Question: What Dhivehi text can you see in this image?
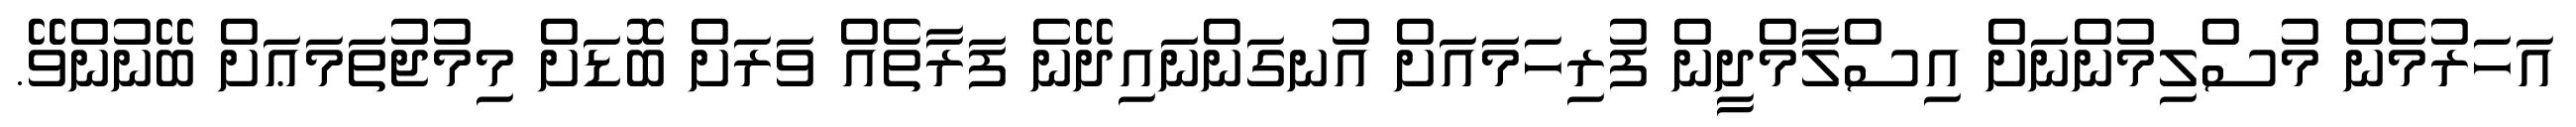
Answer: އަހަރުމެން މުސްލިމުންނަށް އިސްލާމްދީން ފުރިހަމައަށް އުނގަންނައިދޭނެ ފަރާތެއް ވަރަށް ބޮޑަށް މިމުޖުތަމަޢަށް ބޭނުންވޭ.